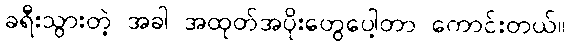
ခရီးသွားတဲ့ အခါ အထုတ်အပိုးတွေပေါ့တာ ကောင်းတယ်။